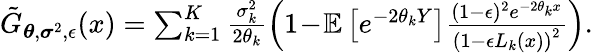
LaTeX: \begin{array}{r}{\tilde{G}_{\boldsymbol{\theta},\boldsymbol{\sigma}^{2},\epsilon}(x)=\sum_{k=1}^{K}\frac{\sigma_{k}^{2}}{2\theta_{k}}\left(1\! -\! {\mathbb{E}}\left[e^{-2\theta_{k}Y}\right]\frac{(1-\epsilon)^{2}e^{-2\theta_{k}x}}{\left(1-\epsilon L_{k}(x)\right)^{2}}\right).}\end{array}